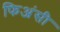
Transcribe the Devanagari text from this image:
फिअंसी